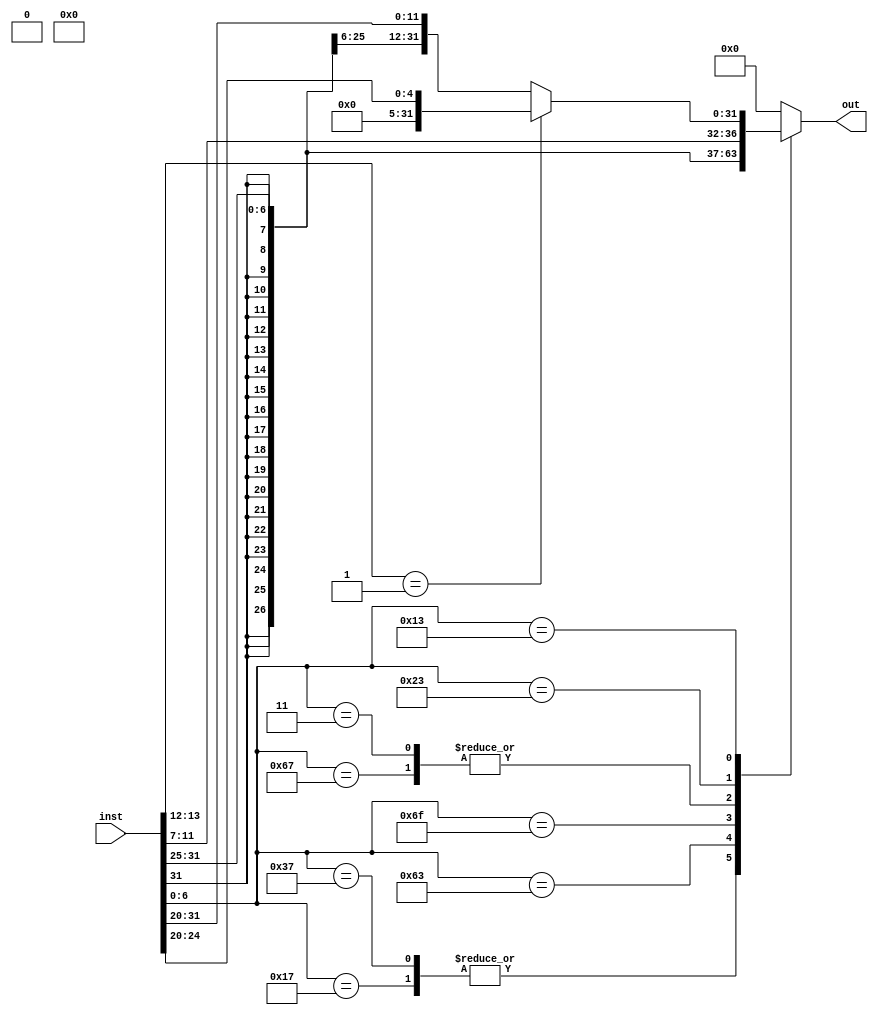
module immgen(
input 	    [31:0] inst,
output reg	[31:0] out
);
    wire	[6:0] opcode;
    wire    [2:0] funct3;
    assign  funct3=inst[14:12];
    assign	opcode= inst[6:0];
    //
    always@(*)
    begin
        case(opcode)
            7'b0010111:out={inst[31:12],12'h0};//auipc
            7'b0110111:out={inst[31:12],12'h0};//lui
            7'b1100011:out={{20{inst[31]}},inst[7],inst[30:25],inst[11:8],1'h0};//B
            7'b1101111:out={{12{inst[31]}},inst[19:12],inst[20],inst[30:21],1'h0};//jal
            7'b1100111:out={{21{inst[31]}},inst[30:20]};//jalr
            7'b0000011:out={{21{inst[31]}},inst[30:20]};//I(load)
            7'b0100011:out={{21{inst[31]}},inst[30:25],inst[11:7]};//S
            7'b0010011:begin
                if(funct3[1:0]==2'b01)
                    out={27'h0,inst[24:20]};//I(sli,sri)
                else
                    out={{21{inst[31]}},inst[30:20]};//I(calculate)
            end
            default:out=32'h0;
        endcase
    end 
endmodule